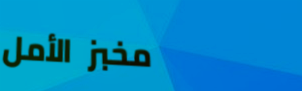
مخبز الأمل